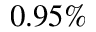
0 . 9 5 \%